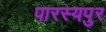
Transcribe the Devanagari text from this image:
पारस्यपुर